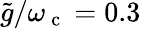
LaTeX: \tilde{g}/\omega_{\mathrm{~c~}}=0.3